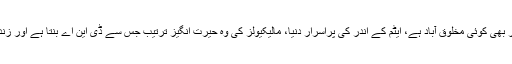
کائنات کس طرح وجود میں آئی، ستارے کیوں چمکتے ہیں، آیا دوسرے سیاروں پر بھی کوئی مخلوق آباد ہے، ایٹم کے اندر کی پراسرار دنیا، مالیکیولز کی وہ حیرت انگیز ترتیب جس سے ڈی این اے بنتا ہے اور زندگی پنپتی ہے اور ایسے کئی دوسرے سوالات سائنس کے بغیر حل نہیں ہوسکتے ۔